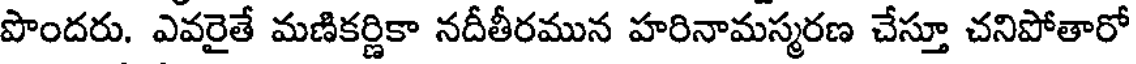
పొందరు. ఎవరైతే మణికర్ణికా నదీతీరమున హరినామస్మరణ చేస్తూ చనిపోతారో